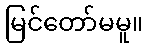
မြင်တော်မမူ။